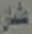
عثمان